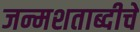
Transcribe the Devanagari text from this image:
जन्मशताब्दीचे